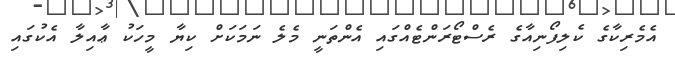
އެމެރިކާގެ ކެލިފޯނިއާގެ ރެސްޓޯރަންޓެއްގައި އެންތަނީ މެލެ ނަމަކަށް ކިޔާ މީހަކު ޢާއިލާ އެކުގައި